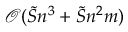
\mathcal { O } ( \tilde { S } n ^ { 3 } + \tilde { S } n ^ { 2 } m )